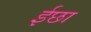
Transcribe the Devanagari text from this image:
ईछा